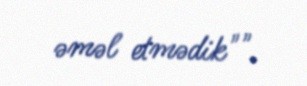
əməl etmədik"".